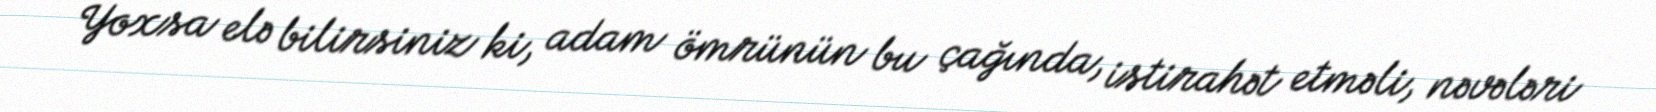
Yoxsa elə bilirsiniz ki, adam ömrünün bu çağında, istirahət etməli, nəvələri